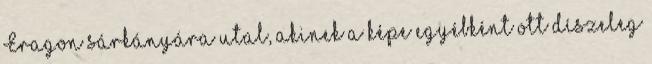
Eragon sárkányára utal, akinek a képe egyébként ott díszeleg